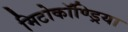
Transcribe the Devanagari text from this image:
मिटोकॉण्ड्रिया